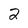
Character: 2